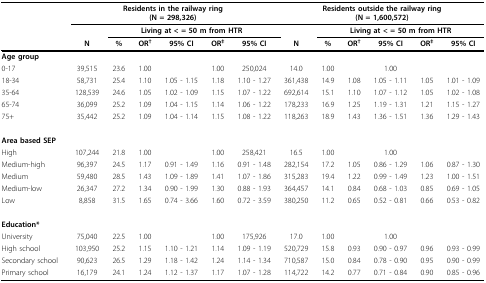
<table><thead><tr><td></td><td colspan="6"><b>Residents in the railway ring(N = 298,326)</b></td><td colspan="6"><b>Residents outside the railway ring(N = 1,600,572)</b></td></tr><tr><td></td><td></td><td colspan="5"><b>Living at &lt; = 50 m from HTR</b></td><td></td><td colspan="5"><b>Living at &lt; = 50 m from HTR</b></td></tr><tr><td></td><td><b>N</b></td><td><b>%</b></td><td><b>OR<sup>†</sup></b></td><td><b>95% CI</b></td><td><b>OR<sup>‡</sup></b></td><td><b>95% CI</b></td><td><b>N</b></td><td><b>%</b></td><td><b>OR<sup>†</sup></b></td><td><b>95% CI</b></td><td><b>OR<sup>‡</sup></b></td><td><b>95% CI</b></td></tr></thead><tbody><tr><td><b>Age group</b></td><td></td><td></td><td></td><td></td><td></td><td></td><td></td><td></td><td></td><td></td><td></td><td></td></tr><tr><td>0-17</td><td>39,515</td><td>23.6</td><td>1.00</td><td></td><td>1.00</td><td></td><td>250,024</td><td>14.0</td><td>1.00</td><td></td><td>1.00</td><td></td></tr><tr><td>18-34</td><td>58,731</td><td>25.4</td><td>1.10</td><td>1.05 - 1.15</td><td>1.18</td><td>1.10 - 1.27</td><td>361,438</td><td>14.9</td><td>1.08</td><td>1.05 - 1.11</td><td>1.05</td><td>1.01 - 1.09</td></tr><tr><td>35-64</td><td>128,539</td><td>24.6</td><td>1.05</td><td>1.02 - 1.09</td><td>1.15</td><td>1.07 - 1.22</td><td>692,614</td><td>15.1</td><td>1.10</td><td>1.07 - 1.12</td><td>1.05</td><td>1.02 - 1.08</td></tr><tr><td>65-74</td><td>36,099</td><td>25.2</td><td>1.09</td><td>1.04 - 1.15</td><td>1.14</td><td>1.06 - 1.22</td><td>178,233</td><td>16.9</td><td>1.25</td><td>1.19 - 1.31</td><td>1.21</td><td>1.15 - 1.27</td></tr><tr><td>75+</td><td>35,442</td><td>25.2</td><td>1.09</td><td>1.04 - 1.14</td><td>1.15</td><td>1.08 - 1.22</td><td>118,263</td><td>18.9</td><td>1.43</td><td>1.36 - 1.51</td><td>1.36</td><td>1.29 - 1.43</td></tr><tr><td><b>Area based SEP</b></td><td></td><td></td><td></td><td></td><td></td><td></td><td></td><td></td><td></td><td></td><td></td><td></td></tr><tr><td>High</td><td>107,244</td><td>21.8</td><td>1.00</td><td></td><td>1.00</td><td></td><td>258,421</td><td>16.5</td><td>1.00</td><td></td><td>1.00</td><td></td></tr><tr><td>Medium-high</td><td>96,397</td><td>24.5</td><td>1.17</td><td>0.91 - 1.49</td><td>1.16</td><td>0.91 - 1.48</td><td>282,154</td><td>17.2</td><td>1.05</td><td>0.86 - 1.29</td><td>1.06</td><td>0.87 - 1.30</td></tr><tr><td>Medium</td><td>59,480</td><td>28.5</td><td>1.43</td><td>1.09 - 1.89</td><td>1.41</td><td>1.07 - 1.86</td><td>315,283</td><td>19.4</td><td>1.22</td><td>0.99 - 1.49</td><td>1.23</td><td>1.00 - 1.51</td></tr><tr><td>Medium-low</td><td>26,347</td><td>27.2</td><td>1.34</td><td>0.90 - 1.99</td><td>1.30</td><td>0.88 - 1.93</td><td>364,457</td><td>14.1</td><td>0.84</td><td>0.68 - 1.03</td><td>0.85</td><td>0.69 - 1.05</td></tr><tr><td>Low</td><td>8,858</td><td>31.5</td><td>1.65</td><td>0.74 - 3.66</td><td>1.60</td><td>0.72 - 3.59</td><td>380,250</td><td>11.2</td><td>0.65</td><td>0.52 - 0.81</td><td>0.66</td><td>0.53 - 0.82</td></tr><tr><td><b>Education*</b></td><td></td><td></td><td></td><td></td><td></td><td></td><td></td><td></td><td></td><td></td><td></td><td></td></tr><tr><td>University</td><td>75,040</td><td>22.5</td><td>1.00</td><td></td><td>1.00</td><td></td><td>175,926</td><td>17.0</td><td>1.00</td><td></td><td>1.00</td><td></td></tr><tr><td>High school</td><td>103,950</td><td>25.2</td><td>1.15</td><td>1.10 - 1.21</td><td>1.14</td><td>1.09 - 1.19</td><td>520,729</td><td>15.8</td><td>0.93</td><td>0.90 - 0.97</td><td>0.96</td><td>0.93 - 0.99</td></tr><tr><td>Secondary school</td><td>90,623</td><td>26.5</td><td>1.29</td><td>1.18 - 1.42</td><td>1.24</td><td>1.14 - 1.34</td><td>710,587</td><td>15.0</td><td>0.84</td><td>0.78 - 0.90</td><td>0.95</td><td>0.90 - 0.99</td></tr><tr><td>Primary school</td><td>16,179</td><td>24.1</td><td>1.24</td><td>1.12 - 1.37</td><td>1.17</td><td>1.07 - 1.28</td><td>114,722</td><td>14.2</td><td>0.77</td><td>0.71 - 0.84</td><td>0.90</td><td>0.85 - 0.96</td></tr></tbody></table>